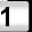
Digit: 1